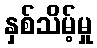
နှစ်သိမ့်မှု